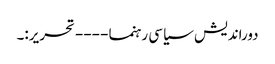
دوراندیش سیاسی رہنما ---- تحریر:۔